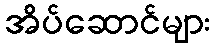
အိပ်ဆောင်များ